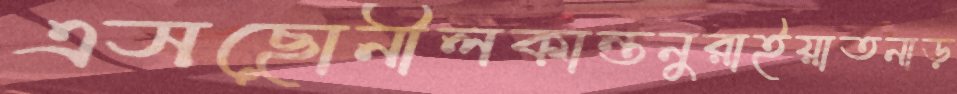
এসছোনীলকান্তনুরাইয়াতনাড়